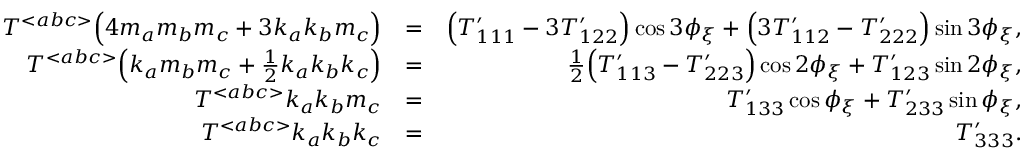
\begin{array} { r l r } { { \cal T } ^ { < a b c > } \Big ( 4 m _ { a } m _ { b } m _ { c } + 3 k _ { a } k _ { b } m _ { c } \Big ) } & { = } & { \Big ( { \cal T } _ { 1 1 1 } ^ { \prime } - 3 { \cal T } _ { 1 2 2 } ^ { \prime } \Big ) \cos 3 \phi _ { \xi } + \Big ( 3 { \cal T } _ { 1 1 2 } ^ { \prime } - { \cal T } _ { 2 2 2 } ^ { \prime } \Big ) \sin 3 \phi _ { \xi } , } \\ { { \cal T } ^ { < a b c > } \Big ( k _ { a } m _ { b } m _ { c } + { \textstyle \frac { 1 } { 2 } } k _ { a } k _ { b } k _ { c } \Big ) } & { = } & { { \textstyle \frac { 1 } { 2 } } \Big ( { \cal T } _ { 1 1 3 } ^ { \prime } - { \cal T } _ { 2 2 3 } ^ { \prime } \Big ) \cos 2 \phi _ { \xi } + { \cal T } _ { 1 2 3 } ^ { \prime } \sin 2 \phi _ { \xi } , } \\ { { \cal T } ^ { < a b c > } k _ { a } k _ { b } m _ { c } } & { = } & { { \cal T } _ { 1 3 3 } ^ { \prime } \cos \phi _ { \xi } + { \cal T } _ { 2 3 3 } ^ { \prime } \sin \phi _ { \xi } , } \\ { { \cal T } ^ { < a b c > } k _ { a } k _ { b } k _ { c } } & { = } & { { \cal T } _ { 3 3 3 } ^ { \prime } . } \end{array}